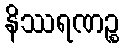
နိဿရဏဉ္စ